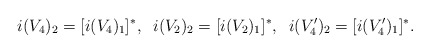
\begin{align*}i (V_4)_2 = [i (V_4)_1]^* , \;\; i (V_2)_2 = [i (V_2)_1]^* , \;\; i (V_4')_2 = [i (V_4')_1]^* . \end{align*}